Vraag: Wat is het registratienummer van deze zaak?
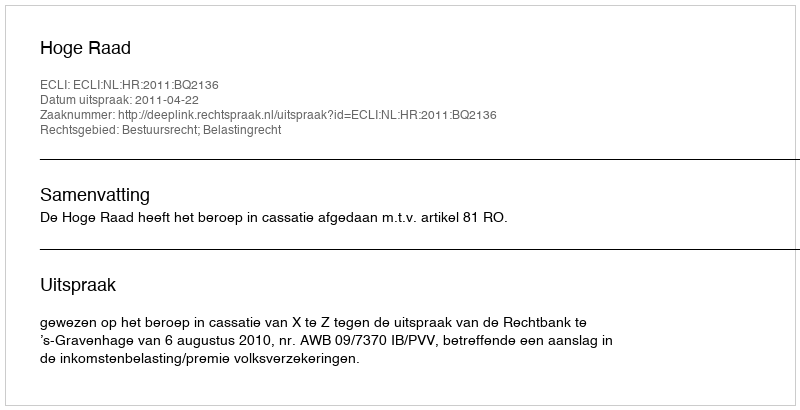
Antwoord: http://deeplink.rechtspraak.nl/uitspraak?id=ECLI:NL:HR:2011:BQ2136